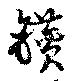
鑚